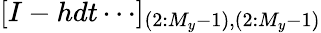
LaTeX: [I-hdt\cdots]_{(2:M_{y}-1),(2:M_{y}-1)}